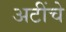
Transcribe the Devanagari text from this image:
अटींचे